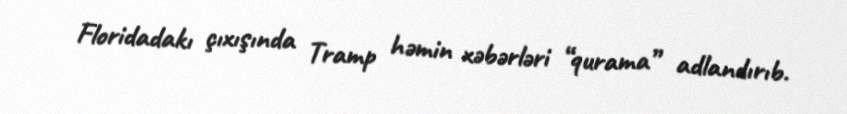
Floridadakı çıxışında Tramp həmin xəbərləri “qurama” adlandırıb.